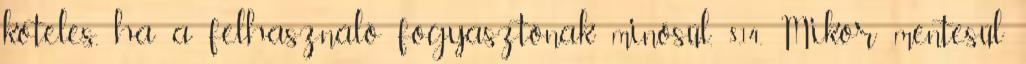
köteles, ha a felhasználó fogyasztónak minősül. 8.14. Mikor mentesül